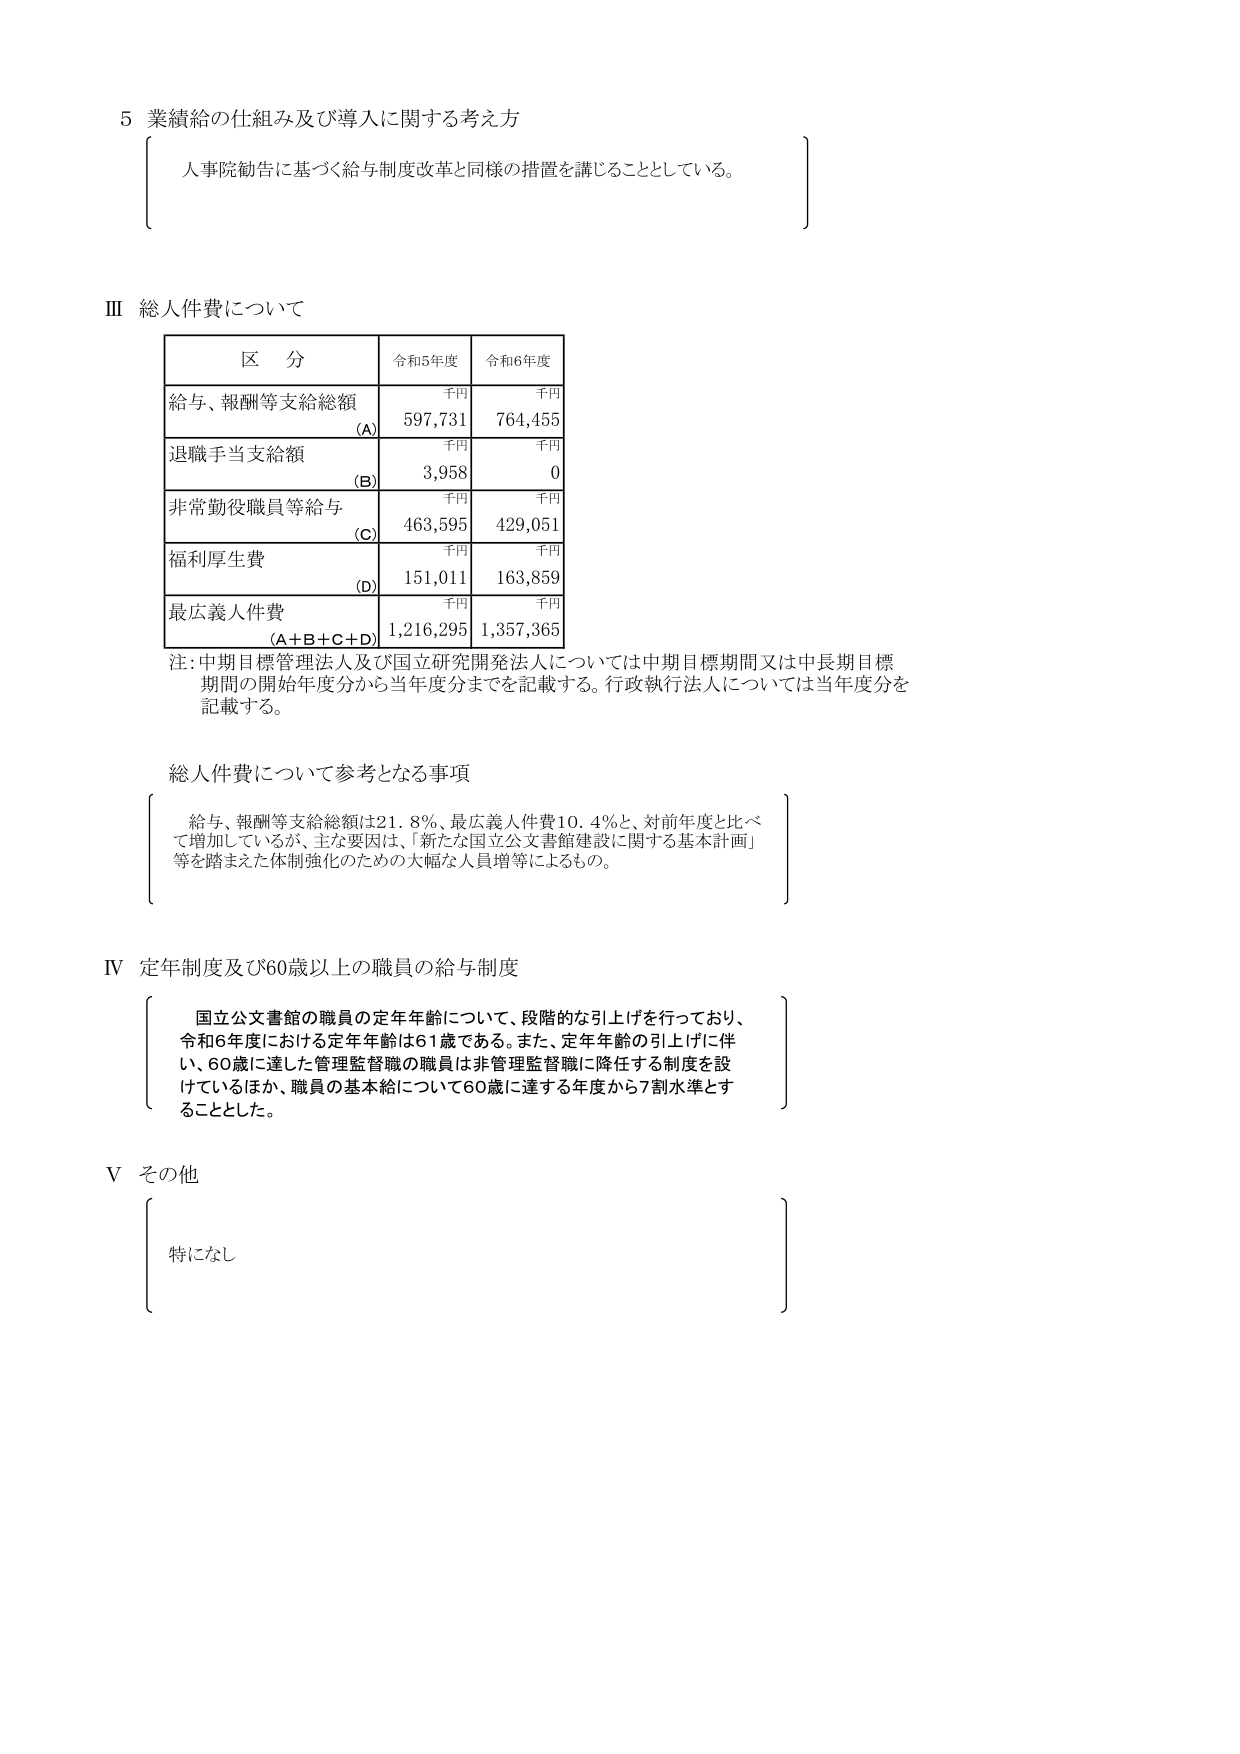
5 業績給の仕組み及び導入に関する考え方
人事院勧告に基づく給与制度改革と同様の措置を講じることとしている。

Ⅲ 総人件費について

区 分 令和5年度 令和6年度
給与、報酬等支給総額 千円 千円
(A) 597,731 764,455
退職手当支給額 千円 千円
(B) 3,958 0
非常勤役職員等給与 千円 千円
(C) 463,595 429,051
福利厚生費 千円 千円
(D) 151,011 163,859
最広義人件費 千円 千円
(A+B+C+D) 1,216,295 1,357,365

注：中期目標管理法人及び国立研究開発法人については中期目標期間又は中長期目標期間の開始年度分から当年度分までを記載する。行政執行法人については当年度分を記載する。

総人件費について参考となる事項
給与、報酬等支給総額は21.8％、最広義人件費10.4％と、対前年度と比べて増加しているが、主な要因は、「新たな国立公文書館建設に関する基本計画」等を踏まえた体制強化のための大幅な人員増等によるもの。

Ⅳ 定年制度及び60歳以上の職員の給与制度
国立公文書館の職員の定年年齢について、段階的な引上げを行っており、令和6年度における定年年齢は61歳である。また、定年年齢の引上げに伴い、60歳に達した管理監督職の職員は非管理監督職に降任する制度を設けているほか、職員の基本給について60歳に達する年度から7割水準とすることとした。

Ⅴ その他
特になし